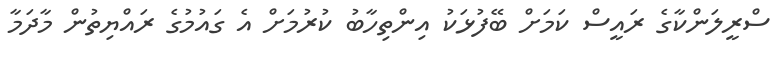
ސްރީލަންކާގެ ރައީސް ކަމަށް ބޭފުޅަކު އިންތިހާބު ކުރުމަށް އެ ގައުމުގެ ރައްޔިތުން މާދަމާ